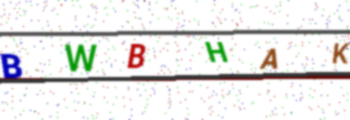
Text: BWBHAK